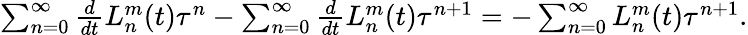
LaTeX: \begin{array}{r}{\sum_{n=0}^{\infty}\frac{d}{dt}L_{n}^{m}(t)\tau^{n}-\sum_{n=0}^{\infty}\frac{d}{dt}L_{n}^{m}(t)\tau^{n+1}=-\sum_{n=0}^{\infty}L_{n}^{m}(t)\tau^{n+1}.}\end{array}